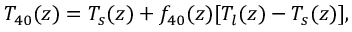
T _ { 4 0 } ( z ) = T _ { s } ( z ) + f _ { 4 0 } ( z ) [ T _ { l } ( z ) - T _ { s } ( z ) ] ,